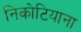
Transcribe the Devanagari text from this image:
निकोटियाना